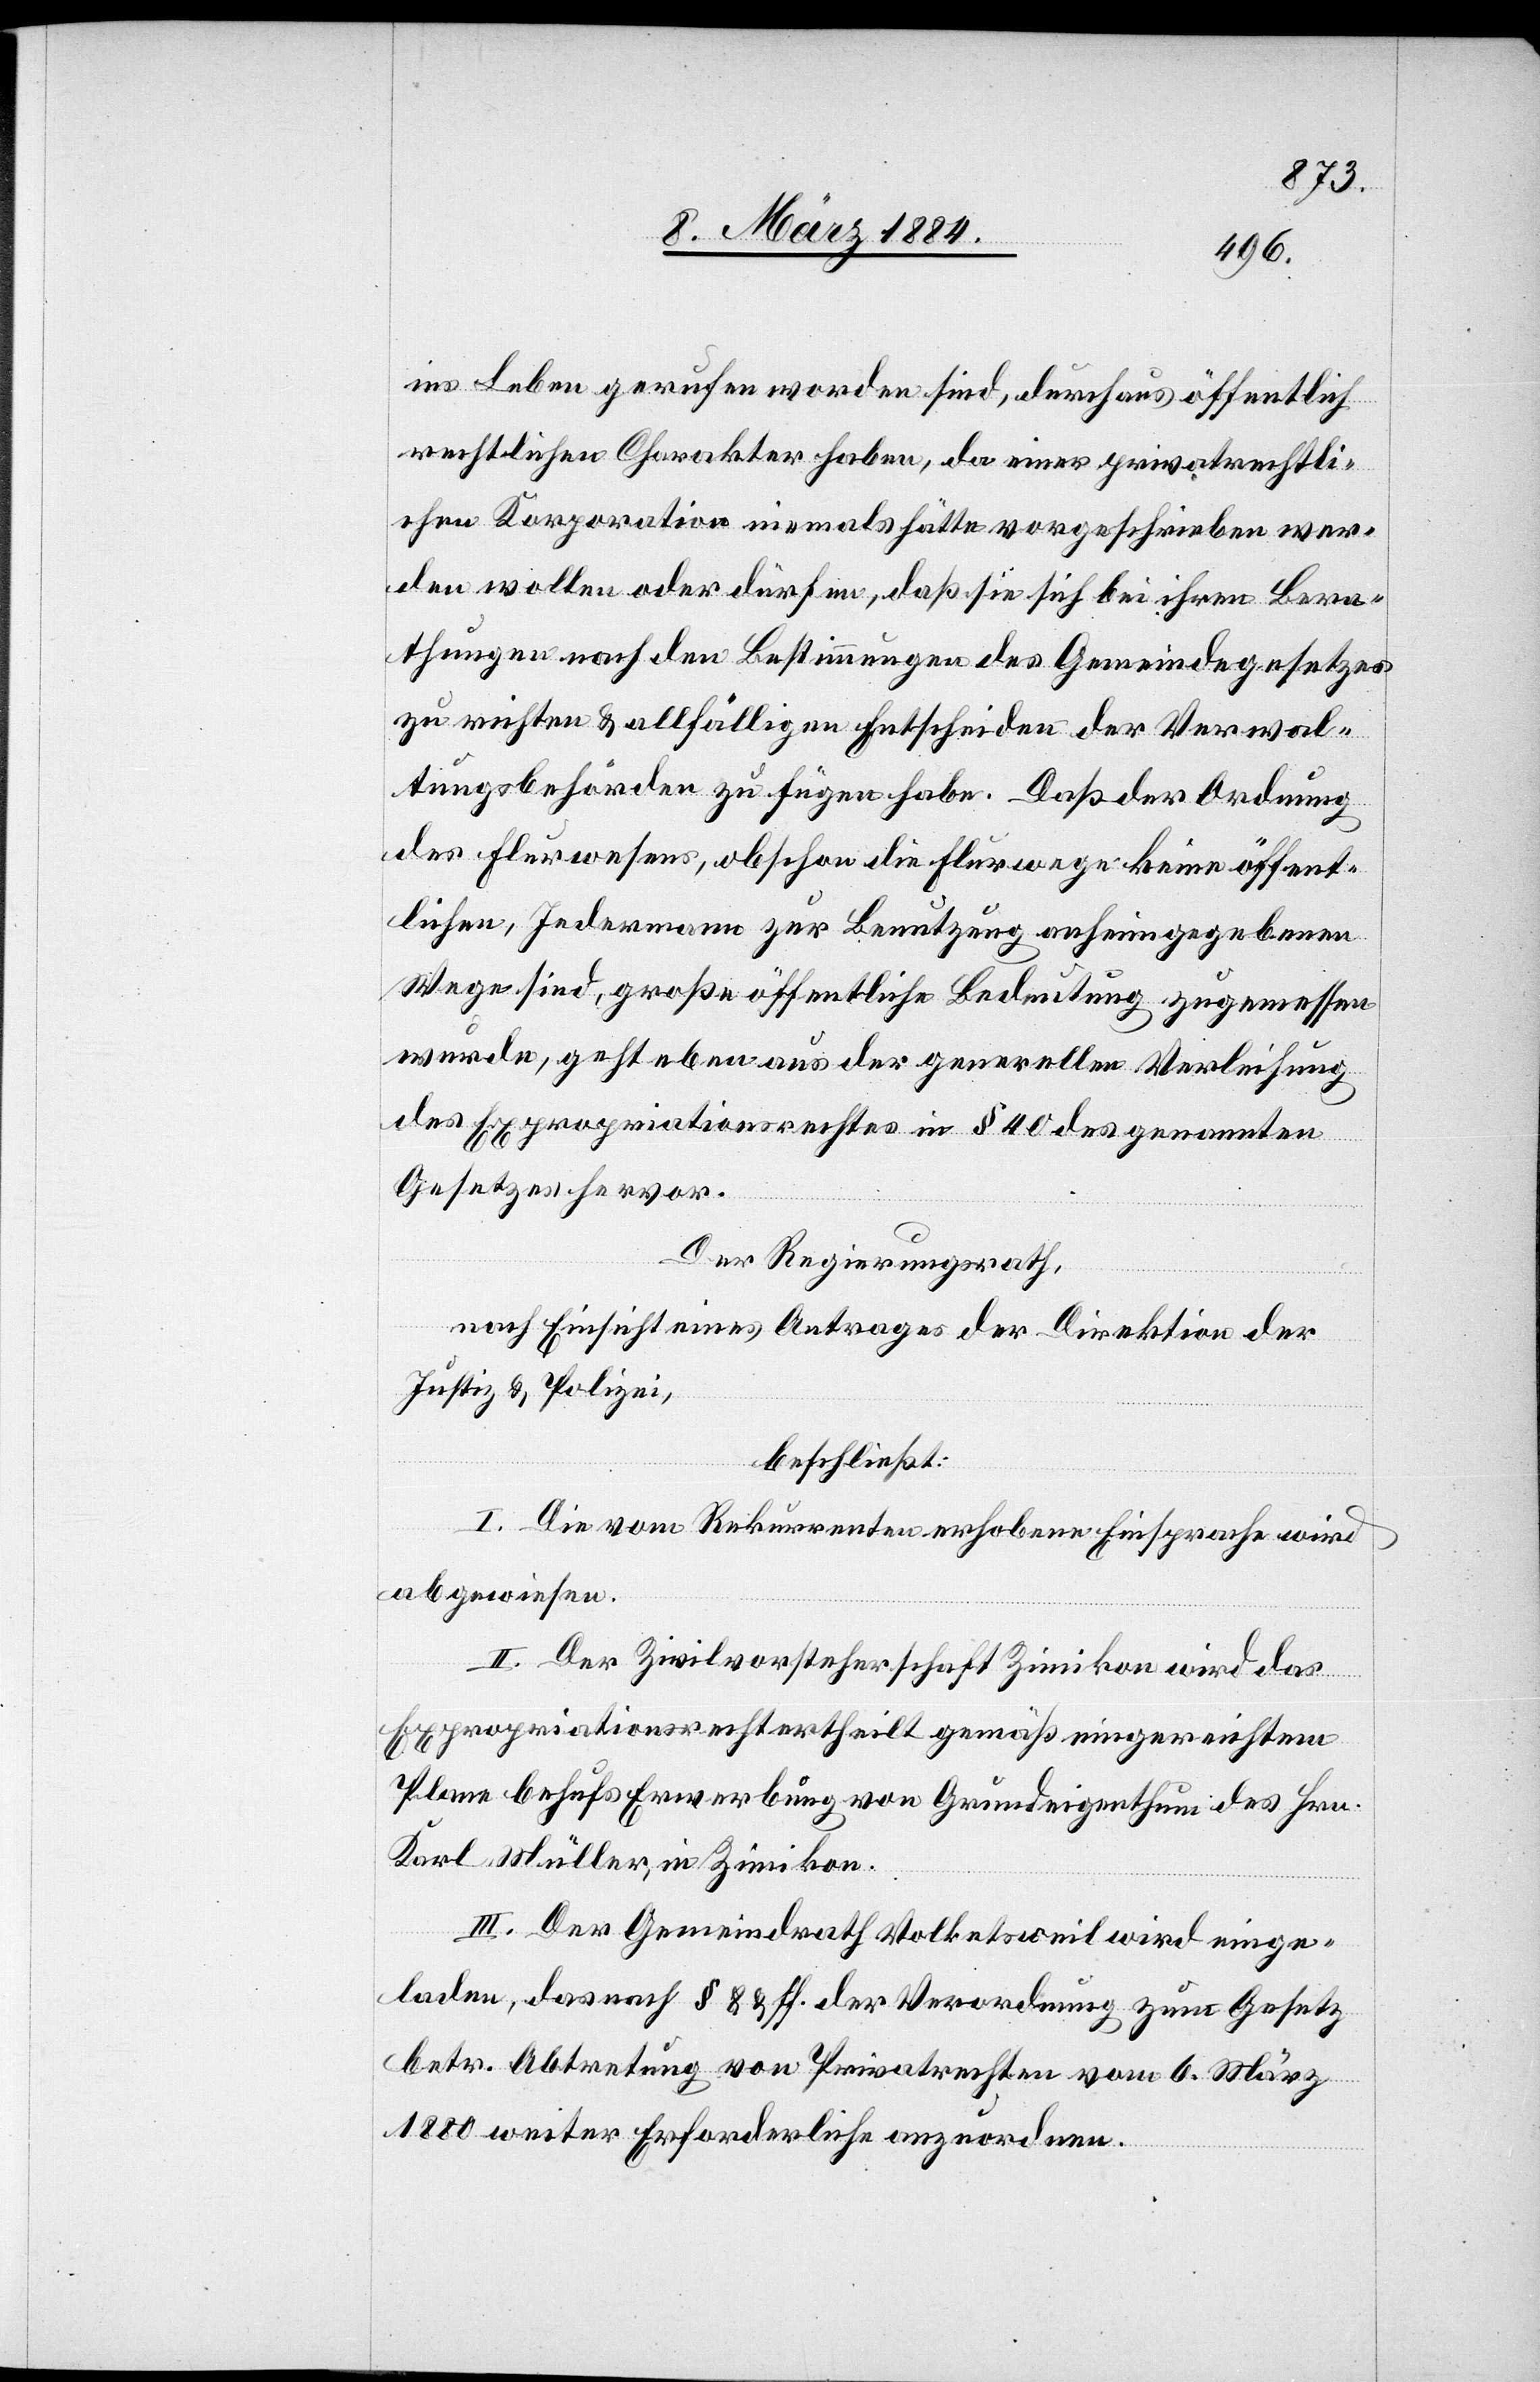
ins Leben gerufen worden sind, durchaus öffentlich
rechtlichen Charakter haben, da einer privatrechtli¬
chen Korporation niemals hätte vorgeschrieben wer¬
den wollen oder dürfen, daß sie sich bei ihren Bera¬
thungen nach den Bestimmungen des Gemeindegesetzes
zu richten & allfälligen Entscheiden der Verwal¬
tungsbehörden zu fügen habe. Daß der Ordnung
des Flurwesens, obschon die Flurwege keine öffent¬
lichen, Jedermann zur Benutzung anheim gegebenen
Wege sind, große öffentliche Bedeutung zugemessen
wurde, geht neben aus der generellen Verleihung
des Expropriationsrechtes in § 40 des genannten
Gesetzes hervor.
Der Regierungsrath,
nach Einsicht eines Antrages der Direktion der
Justiz & Polizei,
beschließt:
I. Die vom Rekurrenten erhobene Einsprache wird
abgewiesen.
II. Der Zivilvorsteherschaft Zimikon wird das
Expropriationsrecht ertheilt gemäß eingereichtem
Plane behufs Erwerbung von Grundeigenthum des Hrn.
Karl Müller, in Zimikon.
III. Der Gemeindrath Volketsweil wird einge¬
laden, das nach § 8 & ff. der Verordnung zum Gesetz
betr. Abtretung von Privatrechten vom 6. März
1880 weiter Erforderliche anzuordnen.